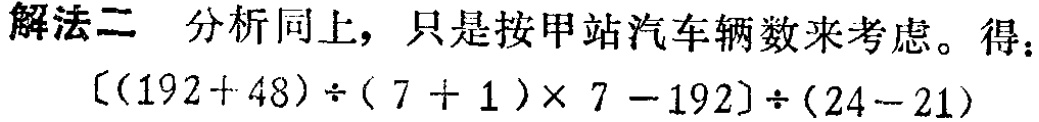
\[
[(192 + 48) \div (7 + 1) \times 7 - 192] \div (24 - 21)
\]